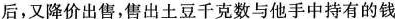
后，又降价出售，售出土豆千克数与他手中持有的钱